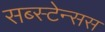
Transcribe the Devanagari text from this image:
सब्स्टेन्सस